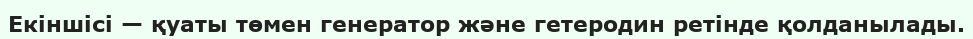
Екіншісі — қуаты төмен генератор және гетеродин ретінде қолданылады.